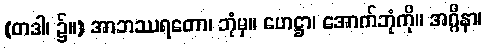
(တဒါ၊ ၌။) အာဘဿရတော၊ ဘုံမှ။ ဟေဋ္ဌာ၊ အောက်ဘုံကို။ အဂ္ဂိနာ၊